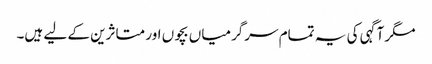
مگر آگہی کی یہ تمام سرگرمیاں بچوں اور متاثرین کے لیے ہیں۔